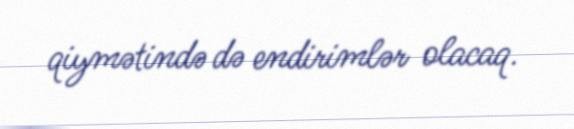
qiymətində də endirimlər olacaq.